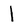
Character: 1